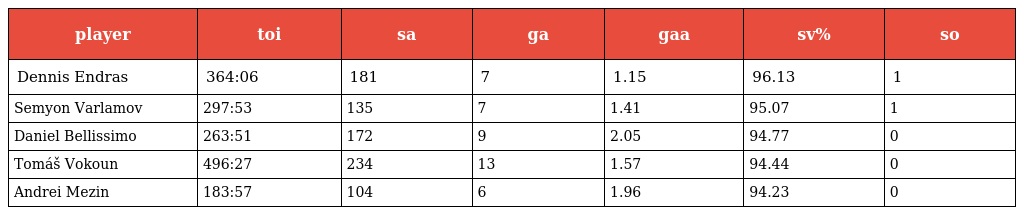
| player | toi | sa | ga | gaa | sv% | so |
 | --- | --- | --- | --- | --- | --- | --- |
 | Dennis Endras | 364:06 | 181 | 7 | 1.15 | 96.13 | 1 |
 | Semyon Varlamov | 297:53 | 135 | 7 | 1.41 | 95.07 | 1 |
 | Daniel Bellissimo | 263:51 | 172 | 9 | 2.05 | 94.77 | 0 |
 | Tomáš Vokoun | 496:27 | 234 | 13 | 1.57 | 94.44 | 0 |
 | Andrei Mezin | 183:57 | 104 | 6 | 1.96 | 94.23 | 0 |